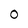
Character: 0